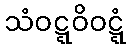
သံဝဋ္ဋဝိဝဋ္ဋံ